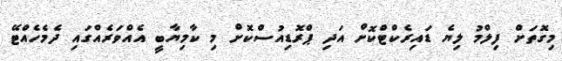
މިގޮތަށް ފިލްމު ލިޔެ ޑައިރެކްޓްކޮށް އަދި ޕްރޮޑިއުސްކޮށް މި ކާމިޔާބީ އެއްވަރެއްގައި ދެމެހެއްޓޭ